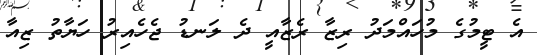
އެ ޓީމުގެ މުހައްމަދު ރިޒާ ރެޒާއީ ދެ ލަނޑު ޖެހެއިރު ހަޔާތު ޒިއާ